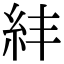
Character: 𥾫